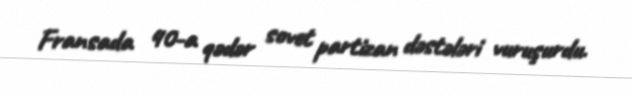
Fransada 40-a qədər sovet partizan dəstələri vuruşurdu.